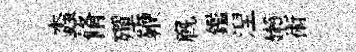
螙脩殫鞭廐鑑湼嬾術